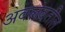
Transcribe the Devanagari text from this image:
अवलंबतील